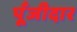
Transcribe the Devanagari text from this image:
पूँजीदार